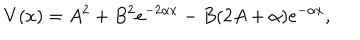
V ( x ) = A ^ { 2 } + B ^ { 2 } e ^ { - 2 \alpha x } - B ( 2 A + \alpha ) e ^ { - \alpha x } ,